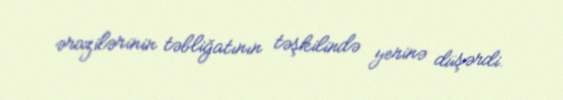
ərazilərinin təbliğatının təşkilində yerinə düşərdi.